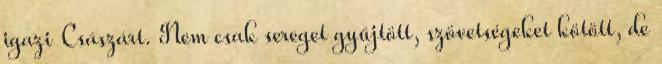
igazi Császárt. Nem csak sereget gyűjtött, szövetségeket kötött, de